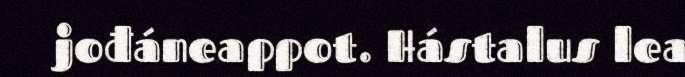
jođáneappot. Hástalus lea